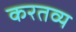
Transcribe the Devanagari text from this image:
करतव्य